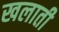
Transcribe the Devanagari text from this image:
खलाती